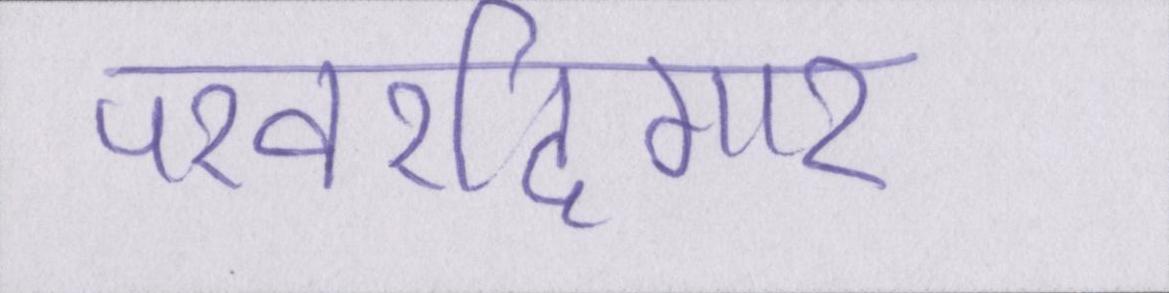
परवरदिगार